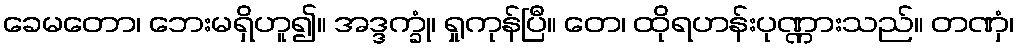
ခေမတော၊ ဘေးမရှိဟူ၍။ အဒ္ဒက္ခုံ၊ ရှုကုန်ပြီ။ တေ၊ ထိုရဟန်းပုဏ္ဏားသည်။ တဏှံ၊